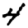
Digit: 4